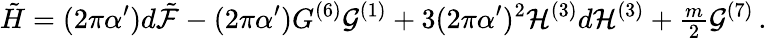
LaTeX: \tilde{H}=(2\pi\alpha^{\prime})d\tilde{\cal F}-(2\pi\alpha^{\prime})G^{(6)}{\cal G}^{(1)}+3(2\pi\alpha^{\prime})^{2}{\cal H}^{(3)}d{\cal H}^{(3)}+{\textstyle\frac{m}{2}}{\cal G}^{(7)}\, .